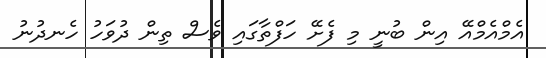
އެމްއެމްއޭ އިން ބުނީ މި ފެށޭ ހަފްތާގައި ވެސް ތިން ދުވަހު ހެނދުނު